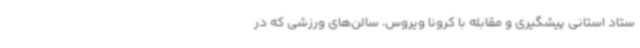
ستاد استانی پیشگیری و مقابله با کرونا ویروس، سالن‌های ورزشی که در